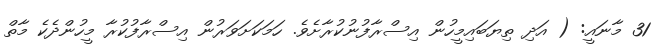
31 މާނައީ: ( އަދި ތިޔަބައިމީހުން އިސްރާފުނުކުރާށެވެ. ހަމަކަށަވަރުން އިސްރާފުކުރާ މީހުންދެކެ މާތް